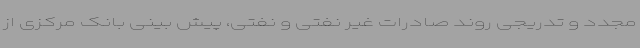
مجدد و تدریجی روند صادرات غیر نفتی و نفتی، پیش بینی بانک مرکزی از